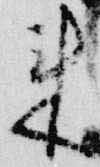
来